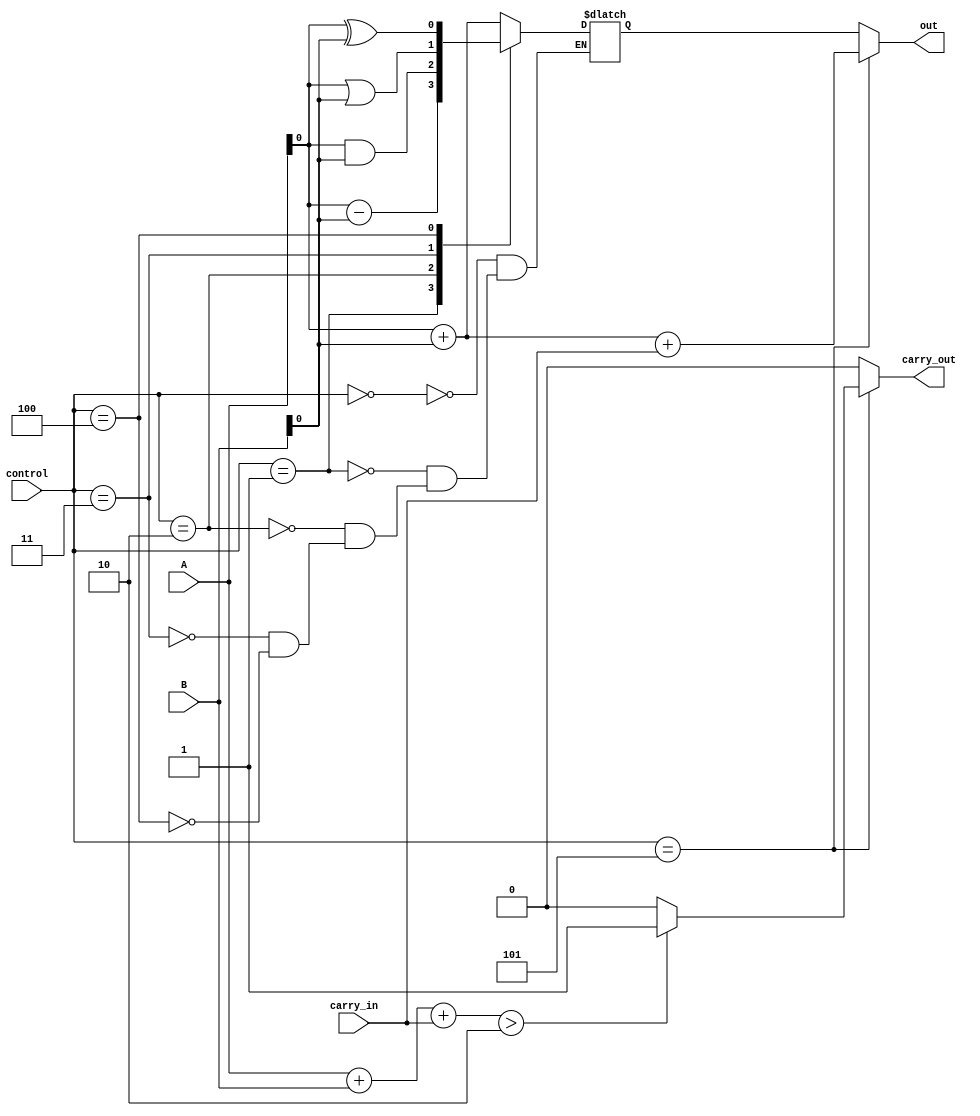
module ALU(input [1:0] A, input [1:0] B, input [3:0] control,
           input carry_in,
           output reg out,
           output reg carry_out);

   reg [1:0] result;

   always @(*) begin
      case (control)
         4'b0000: result = A + B; // Addition
         4'b0001: result = A - B; // Subtraction
         4'b0010: result = A & B; // AND
         4'b0011: result = A | B; // OR
         4'b0100: result = A ^ B; // XOR
      endcase
   end

   always @(*) begin
      case (control)
         4'b0101: begin // Carry operation
            out = A + B + carry_in;
            if (A + B + carry_in > 2) begin
               carry_out = 1;
            end else begin
               carry_out = 0;
            end
         end
         default: begin // All other operations
            out = result;
            carry_out = 0;
         end
      endcase
   end

endmodule